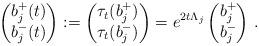
LaTeX: \begin{align*}\begin{pmatrix}b_j^+(t) \\ b_j^-(t) \end{pmatrix} := \begin{pmatrix}\tau_t(b_j^+) \\ \tau_t(b_j^-) \end{pmatrix} = e^{2 t \Lambda_j} \begin{pmatrix}b_j^+ \\ b_j^-\end{pmatrix} \, . \end{align*}